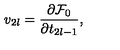
v _ { 2 l } = \frac { \partial \mathrm { \cal F } _ { 0 } } { \partial t _ { 2 l - 1 } } ,